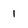
Character: 1